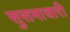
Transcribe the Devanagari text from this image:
सुसमाचारी